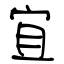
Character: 宜